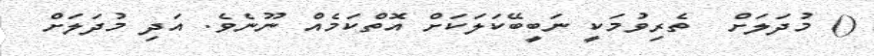
() މުދަލަށް  ތެރިވުމަކީ ނަބީބޭކަލަކަށް އޮތްކަމެއް ނޫނެވެ. އަދި މުދަލަށް